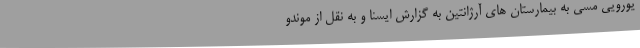
یورویی مسی به بیمارستان های آرژانتین به گزارش ایسنا و به نقل از موندو